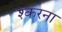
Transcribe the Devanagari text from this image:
श्करना